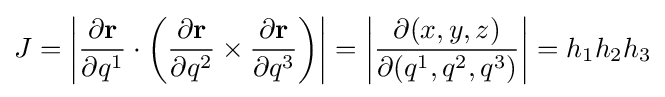
J=\left|{\frac {\partial \mathbf {r} }{\partial q^{1}}}\cdot \left({\frac {\partial \mathbf {r} }{\partial q^{2}}}\times {\frac {\partial \mathbf {r} }{\partial q^{3}}}\right)\right|=\left|{\frac {\partial (x,y,z)}{\partial (q^{1},q^{2},q^{3})}}\right|=h_{1}h_{2}h_{3}